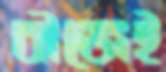
বীজেই